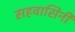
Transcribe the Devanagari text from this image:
सहवासिनी